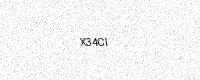
Text: X34CI